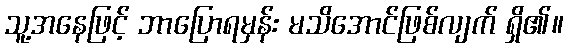
သူ့အနေဖြင့် ဘာပြောရမှန်း မသိအောင်ဖြစ်လျက် ရှိ၏။